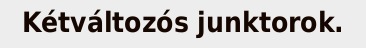
Kétváltozós junktorok.